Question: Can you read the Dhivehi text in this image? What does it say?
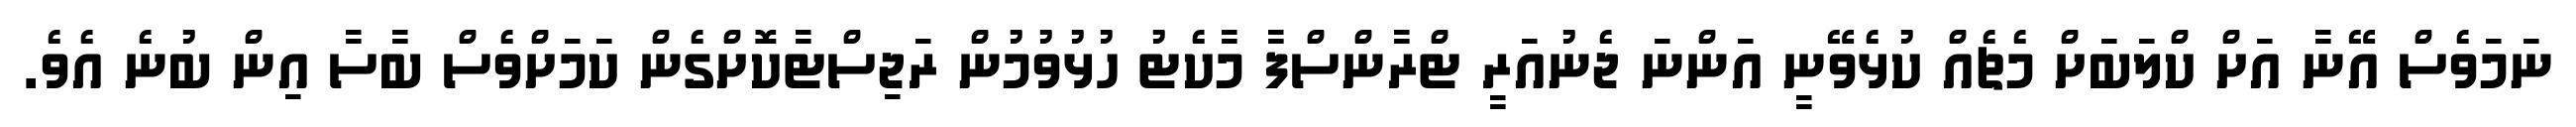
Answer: ނަމަވެސް އޭނާ އަށް ކްލަބަށް މެޗެއް ކުޅެވޭނީ އަންނަ ޖެނުއަރީ ޓްރާންސްފާ މާކެޓު ހުޅުވުމުން ރަޖިސްޓާކޮށްގެން ކަމަށްވެސް ބާސާ އިން ބުނެ އެވެ.